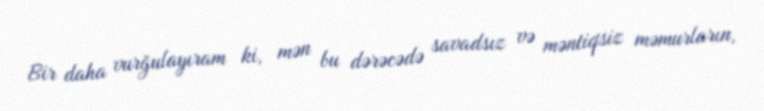
Bir daha vurğulayıram ki, mən bu dərəcədə savadsız və məntiqsiz məmurların,